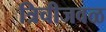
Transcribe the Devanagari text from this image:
त्रिचीजवळ